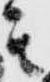
其